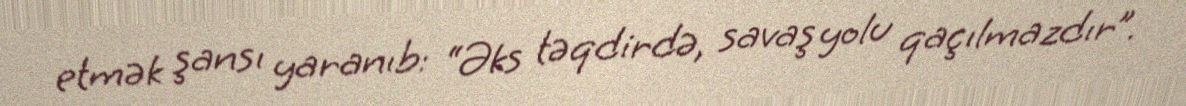
etmək şansı yaranıb: “Əks təqdirdə, savaş yolu qaçılmazdır”.